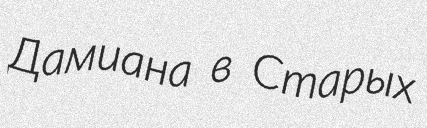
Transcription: Дамиана в Старых